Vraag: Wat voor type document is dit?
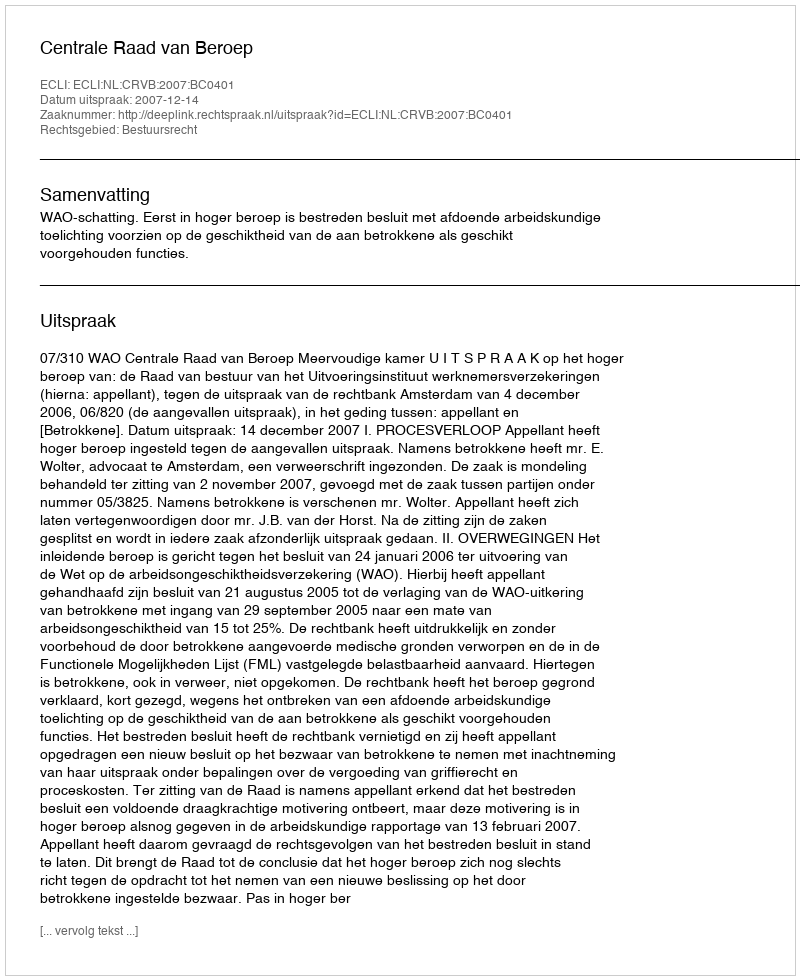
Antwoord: Uitspraak